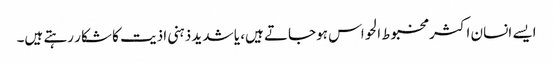
ایسے انسان اکثر مخبوط الحواس ہوجاتے ہیں، یا شدید ذہنی اذیت کا شکار رہتے ہیں۔